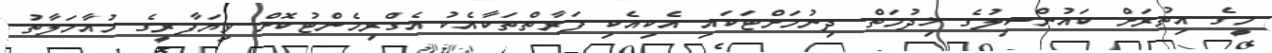
މީގެ އިތުރަށް ކައުންސިލުގެ ޚިދުމަތް ދިނުމަށްޓަކައި އެކިއެކި ފަރާތްތަކާއެކު އެގްރިމެންޓުކޮށް ވިޔަފާރީގެ މުއާމަލާތު